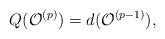
LaTeX: \begin{align*}Q(\mathcal{O}^{(p)})=d(\mathcal{O}^{(p-1)}),\end{align*}